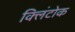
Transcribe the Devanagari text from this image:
क्लिंटोक